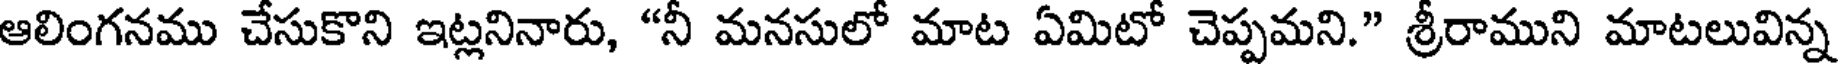
ఆలింగనము చేసుకొని ఇట్లనినారు, "నీ మనసులో మాట ఏమిటో చెప్పమని." శ్రీరాముని మాటలువిన్న